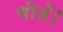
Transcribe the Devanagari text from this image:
चीज़ें।